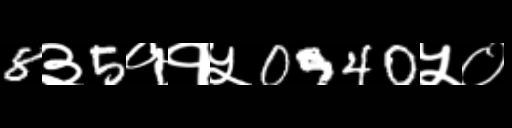
Text: 8३5११५0940५०